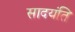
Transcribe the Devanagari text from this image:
सादयंति